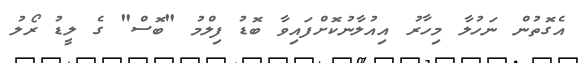
އެގޮތުން ނަހުލާ މިހާރު އިއުލާނުކޮށްފައިވާ ބޮޑު ފިލްމު "ބޮސް" ގެ ލީޑު ރޯލު